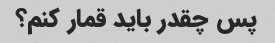
پس چقدر باید قمار کنم؟